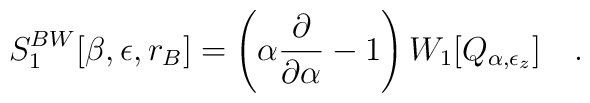
S_1^{BW}[\beta,\epsilon,r_B]=\left(\alpha {\partial \over  \partial\alpha}-1\right)W_1[Q_{\alpha,\epsilon_z}]~~~.